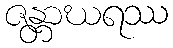
ဇန္တာဃရဿ